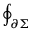
\oint _ { \partial \Sigma }